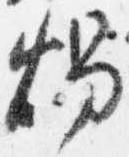
燭